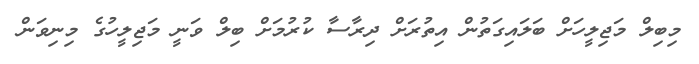
މިބިލް މަޖިލީހަށް ބަލައިގަތުން އިތުރަށް ދިރާސާ ކުރުމަށް ބިލް ވަނީ މަޖިލީހުގެ މިނިވަން